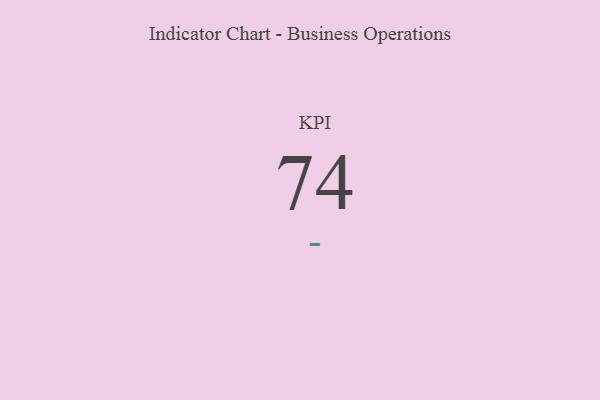
{"axis": {"x": "KPI", "y": "Value"}, "legend": [""], "data": [{"x": "KPI", "y": 74, "type": ""}]}